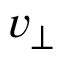
\ensuremath { v _ { \perp } }